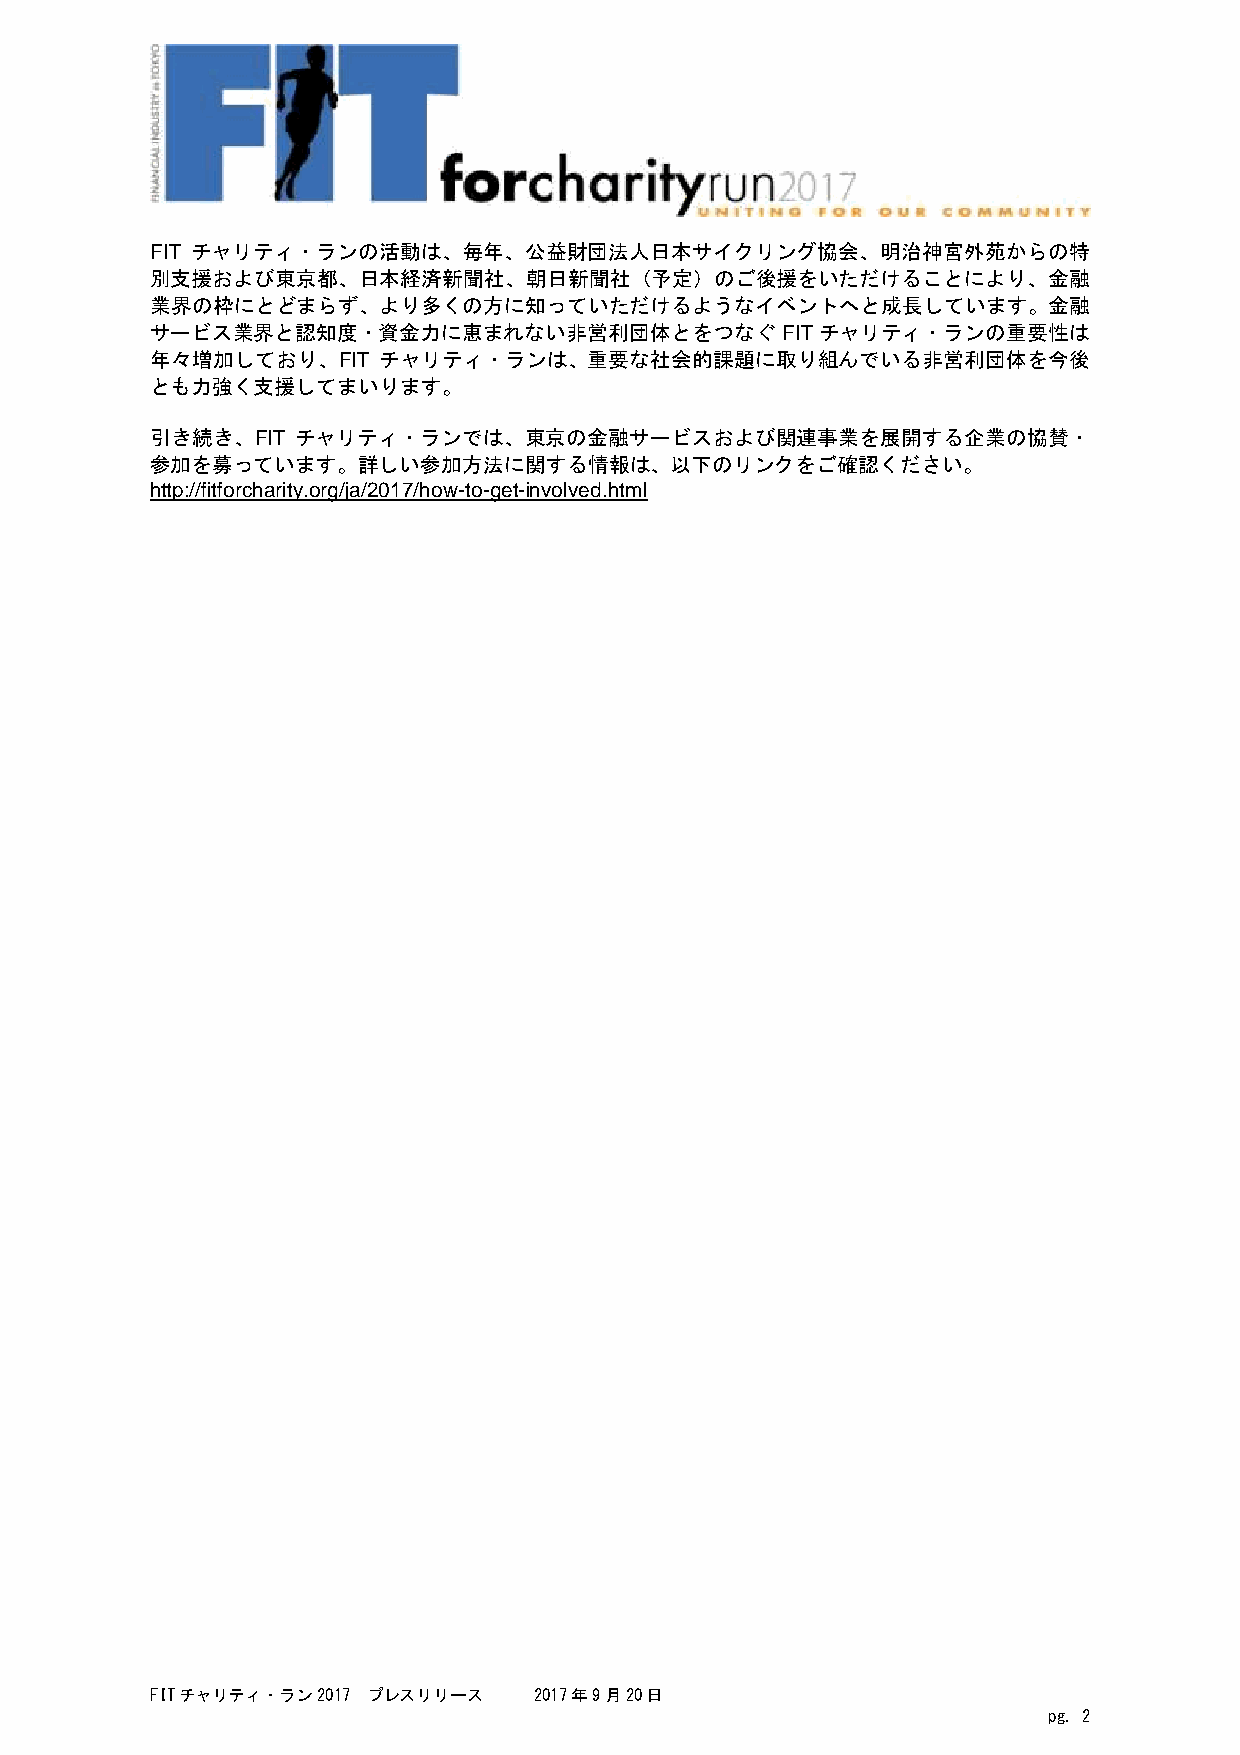
FIT チャリティ・ランの活動は、毎年、公益財団法人日本サイクリング協会、明治神宮外苑からの特
 別支援および東京都、日本経済新聞社、朝日新聞社（予定）のご後援をいただけることにより、金融
 業界の枠にとどまらず、より多くの方に知っていただけるようなイベントへと成長しています。金融
 サービス業界と認知度・資金力に恵まれない非営利団体とをつなぐ            FITチャリティ・ランの重要性は
 年々増加しており、FIT   チャリティ・ランは、重要な社会的課題に取り組んでいる非営利団体を今後
 とも力強く支援してまいります。
 引き続き、FIT  チャリティ・ランでは、東京の金融サービスおよび関連事業を展開する企業の協賛・
 参加を募っています。詳しい参加方法に関する情報は、以下のリンクをご確認ください。
 http://fitforcharity.org/ja/2017/how-to-get-involved.html
 FITチャリティ・ラン2017 プレスリリース  2017年9月20日
 pg. 2